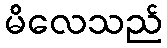
မိလေသည်